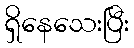
ရှိနေသေးပြီး